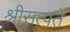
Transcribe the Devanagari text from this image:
श्रीसत्पते